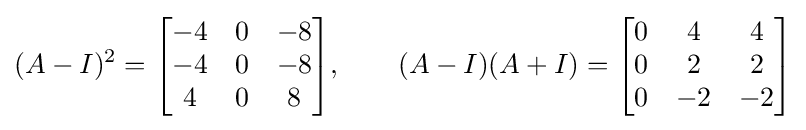
(A-I)^{2}={\begin{bmatrix}-4&0&-8\\-4&0&-8\\4&0&8\end{bmatrix}},\qquad (A-I)(A+I)={\begin{bmatrix}0&4&4\\0&2&2\\0&-2&-2\end{bmatrix}}